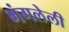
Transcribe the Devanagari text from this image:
भंगलेली